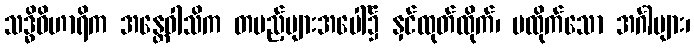
သဒ္ဓိဝိဟာရိက အန္တေဝါသိက တပည့်များအပေါ်၌ နှင်ထုတ်ထိုက်၊ မထိုက်သော အင်္ဂါများ၊